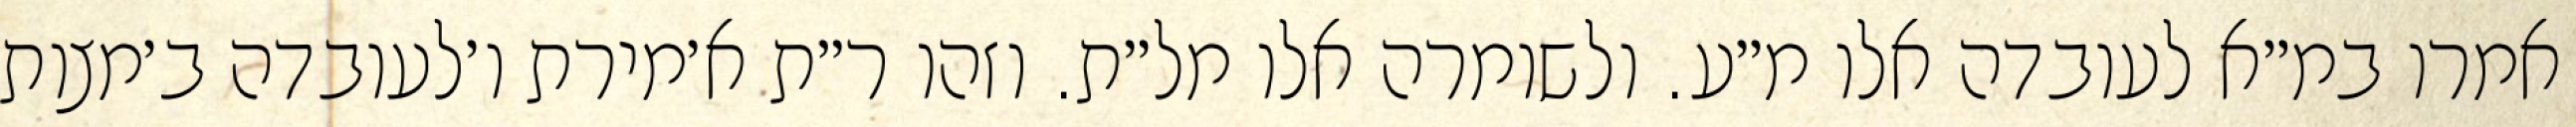
אמרו במ״א לעובדה אלו מ״ע. ולשומרה אלו מל״ת. וזהו ר״ת א׳מירת ו׳לעובדה ב׳מצות